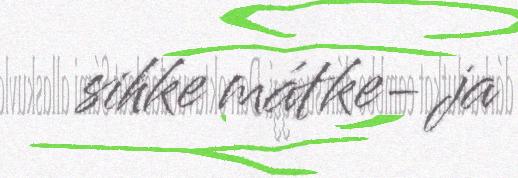
sihke mátke- ja